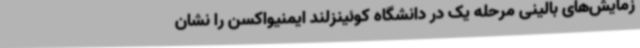
زمایش‌های بالینی مرحله یک در دانشگاه کوئینزلند ایمنیواکسن را نشان